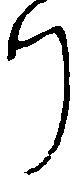
り